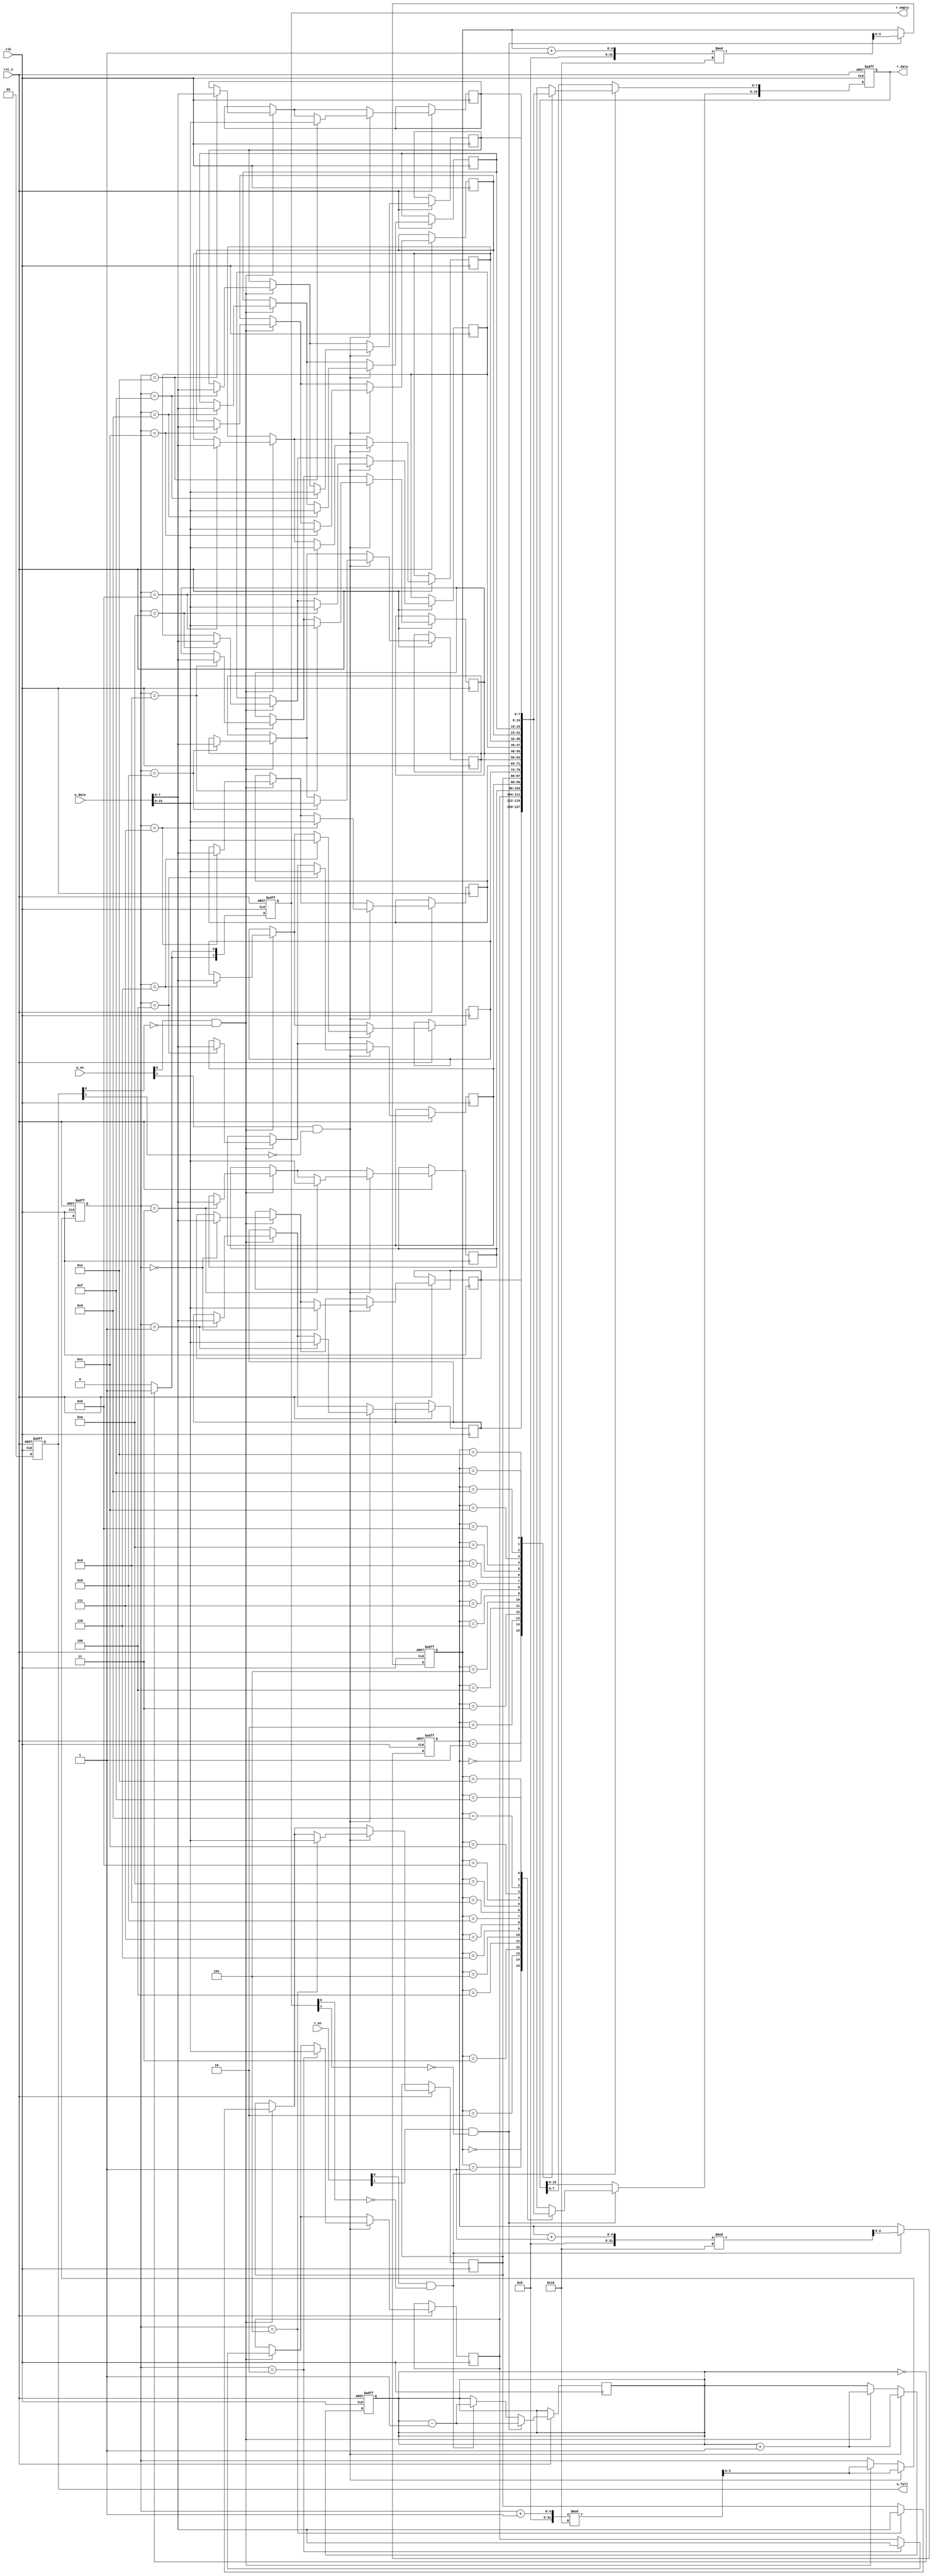
module multiport_fifo #(
    parameter DATA_WIDTH = 8,   // Width of the data
    parameter DEPTH = 16,        // Depth of the FIFO (must be a power of 2)
    parameter NUM_READ_PORTS = 2,// Number of read ports
    parameter NUM_WRITE_PORTS = 2 // Number of write ports
)(
    input wire clk,
    input wire rst_n,
    
    // Write ports
    input wire [NUM_WRITE_PORTS-1:0] w_en,                   // Write enable signals for each write port
    input wire [DATA_WIDTH*NUM_WRITE_PORTS-1:0] w_data,      // Data input for each write port
    output reg [NUM_WRITE_PORTS-1:0] w_full,                  // Full flags for each write port
    
    // Read ports
    input wire [NUM_READ_PORTS-1:0] r_en,                     // Read enable signals for each read port
    output reg [DATA_WIDTH*NUM_READ_PORTS-1:0] r_data,        // Data output for each read port
    output reg [NUM_READ_PORTS-1:0] r_empty                   // Empty flags for each read port
);
    
    // Memory array
    reg [DATA_WIDTH-1:0] mem [0:DEPTH-1];
    
    // Pointers
    reg [clog2(DEPTH)-1:0] w_ptr, r_ptr [0:NUM_READ_PORTS-1];
    reg [clog2(DEPTH)-1:0] count;

    // Internal signals
    integer i;

    // Initialize pointers and count
    initial begin
        w_ptr = 0;
        count = 0;
        for (i = 0; i < NUM_READ_PORTS; i = i + 1) begin
            r_ptr[i] = 0;
        end
    end

    // Write logic
    always @(posedge clk or negedge rst_n) begin
        if (!rst_n) begin
            w_ptr <= 0;
            count <= 0;
            w_full <= 0;
        end else begin
            w_full <= (count == DEPTH) ? {NUM_WRITE_PORTS{1'b1}} : {NUM_WRITE_PORTS{1'b0}};
            for (i = 0; i < NUM_WRITE_PORTS; i = i + 1) begin
                if (w_en[i] && !w_full[i]) begin
                    mem[w_ptr] <= w_data[DATA_WIDTH*i +: DATA_WIDTH];
                    w_ptr <= (w_ptr + 1) % DEPTH;
                    count <= count + 1;
                end
            end
        end
    end

    // Read logic
    always @(posedge clk or negedge rst_n) begin
        if (!rst_n) begin
            for (i = 0; i < NUM_READ_PORTS; i = i + 1) begin
                r_ptr[i] <= 0;
                r_data[DATA_WIDTH*i +: DATA_WIDTH] <= 0;
                r_empty[i] <= 1;
            end
        end else begin
            for (i = 0; i < NUM_READ_PORTS; i = i + 1) begin
                r_empty[i] <= (count == 0) ? 1'b1 : 1'b0;
                if (r_en[i] && !r_empty[i]) begin
                    r_data[DATA_WIDTH*i +: DATA_WIDTH] <= mem[r_ptr[i]];
                    r_ptr[i] <= (r_ptr[i] + 1) % DEPTH;
                    count <= count - 1;
                end
            end
        end
    end

    // Function to calculate log2
    function integer clog2;
        input integer value;
        begin
            value = value - 1;
            for (clog2 = 0; value > 0; clog2 = clog2 + 1)
                value = value >> 1;
        end
    endfunction

endmodule